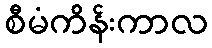
စီမံကိန်းကာလ